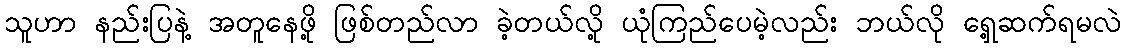
သူဟာ နည်းပြနဲ့ အတူနေဖို့ ဖြစ်တည်လာ ခဲ့တယ်လို့ ယုံကြည်ပေမဲ့လည်း ဘယ်လို ရှေ့ဆက်ရမလဲ